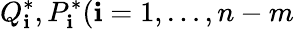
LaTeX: Q_{\mathbf{i}}^{\ast},P_{\mathbf{i}}^{\ast}(\mathbf{i}=1,\dots,n-m